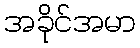
အခိုင်အမာ